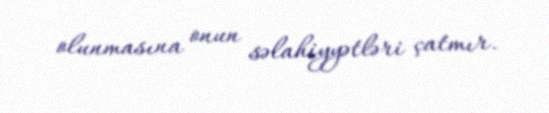
olunmasına onun səlahiyyətləri çatmır.